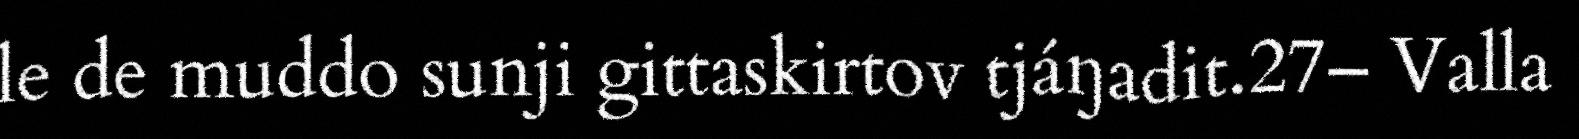
le de muddo sunji gittaskirtov tjáŋadit.27– Valla